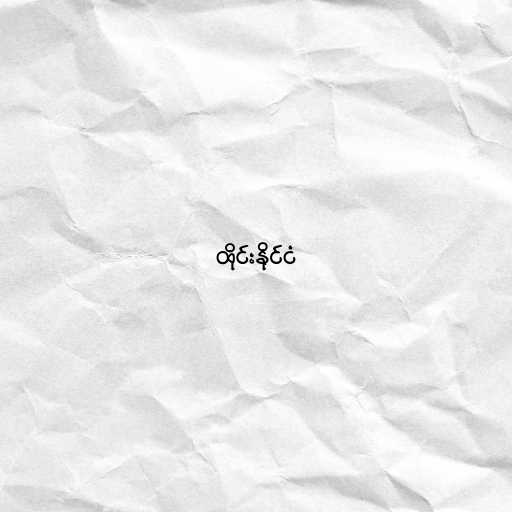
ထိုင်းနိုင်ငံ